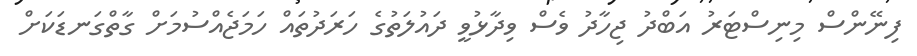
ފިނޭންސް މިނިސްޓަރު އަބްދު ޖިހާދު ވެސް ވިދާޅުވީ ދައުލަތުގެ ހަރަދުތައް ހަމަޖެއްސުމަށް ގާތްގަނޑަކަށް